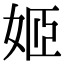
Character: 姬